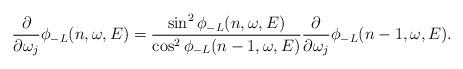
LaTeX: \begin{align*}\frac{\partial}{\partial \omega_j}\phi_{-L}(n,\omega,E)=\frac{\sin^2\phi_{-L}(n,\omega,E)}{\cos^2\phi_{-L}(n-1,\omega,E)}\frac{\partial}{\partial\omega_j}\phi_{-L}(n-1,\omega,E).\end{align*}